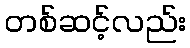
တစ်ဆင့်လည်း